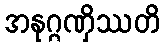
အနုဂ္ဂဏှိဿတိ